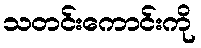
သတင်းကောင်းကို